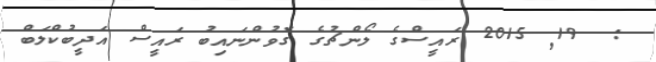
:  19